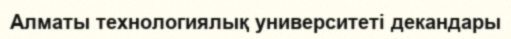
Алматы технологиялық университеті декандары